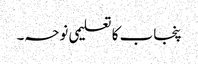
پنجاب کا تعلیمی نوحہ۔